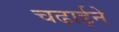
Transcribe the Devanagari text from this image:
चढाईने